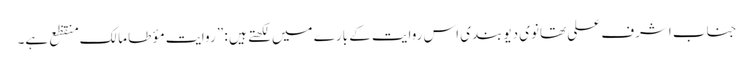
جناب اشرف علی تھانوی دیوبندی اس روایت کے بارے میں لکھتے ہیں : ” روایتِ مؤ طا مالک منقظع ہے۔